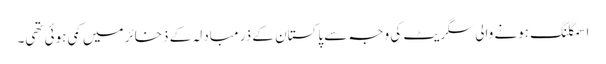
اسمگلنگ ہونے والی سگریٹ کی وجہ سے پاکستان کے ذرِ مبادلہ کے ذخائر میں کمی ہوئی تھی۔